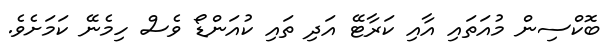
ބޮކްސިން މުއަތައި އާއި ކަރާޓޭ އަދި ތައި ކުއަންޑޯ ވެސް ހިމެނޭ ކަމަށެވެ.